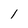
Character: 1